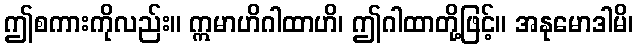
ဤစကားကိုလည်း။ ဣမာဟိဂါထာဟိ၊ ဤဂါထာတို့ဖြင့်။ အနုမောဒါမိ၊